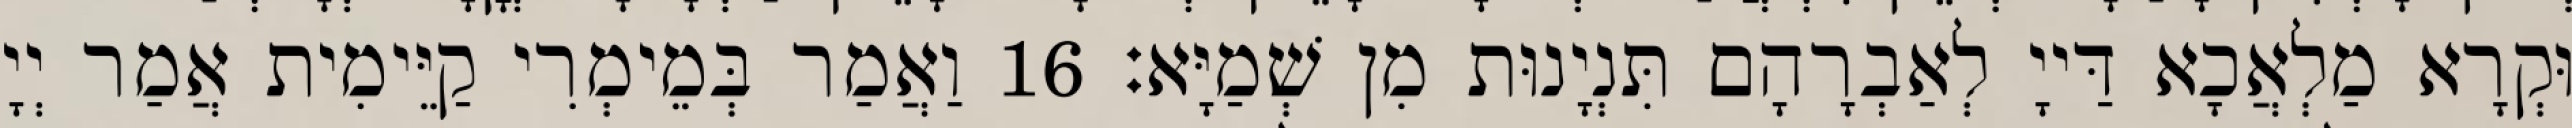
וּקְרָא מַלְאֲכָא דַּייָ לְאַבְרָהָם תִּנְיָנוּת מִן שְׁמַיָּא׃ 16 וַאֲמַר בְּמֵימְרִי קַיֵּימִית אֲמַר יְיָ